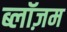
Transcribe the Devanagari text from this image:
ब्लॉज़म